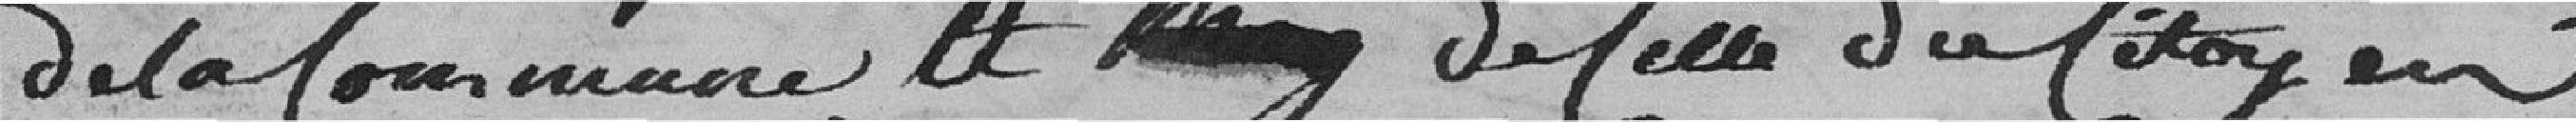
de la commune, et de celle du citoyen